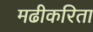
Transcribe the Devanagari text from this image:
मढीकरिता